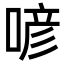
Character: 喭